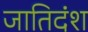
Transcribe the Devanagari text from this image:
जातिदंश